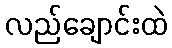
လည်ချောင်းထဲ